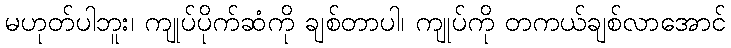
မဟုတ်ပါဘူး၊ ကျုပ်ပိုက်ဆံကို ချစ်တာပါ၊ ကျုပ်ကို တကယ်ချစ်လာအောင်